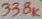
Text: 338K